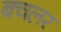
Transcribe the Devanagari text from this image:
बचलर